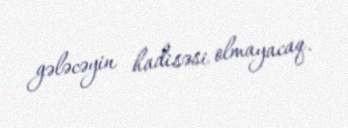
gələcəyin hadisəsi olmayacaq.